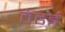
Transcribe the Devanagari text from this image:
ठंढई